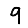
Digit: 9